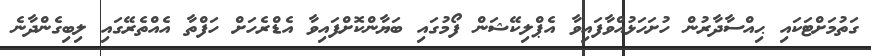
ގަތުމަށްޓަކައި ޙިއްސާދާރުން ހުށަހަޅުއްވާފައިވާ އެޕްލިކޭޝަން ފޯމުގައި ބަޔާންކޮށްފައިވާ އެޑްރެހަށް ހަފްތާ އެއްތެރޭގައި ލިބިގެންދާނެ